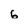
Character: 6